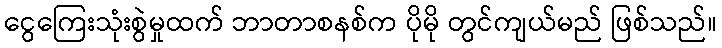
ငွေကြေးသုံးစွဲမှုထက် ဘာတာစနစ်က ပိုမို တွင်ကျယ်မည် ဖြစ်သည်။